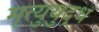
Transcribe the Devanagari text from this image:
मृत्युयुद्ध